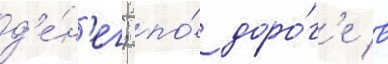
д'е́н'ег; по́ доро́г'е в